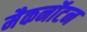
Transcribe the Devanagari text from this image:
मैकनॉटन